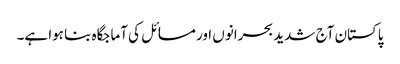
پاکستان آج شدید بحرانوں اور مسائل کی آماجگاہ بنا ہوا ہے۔